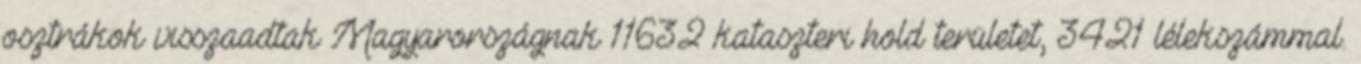
osztrákok visszaadtak Magyarországnak 11632 kataszteri hold területet, 3421 lélekszámmal.